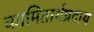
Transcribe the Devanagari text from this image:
कामितार्थप्रदाय